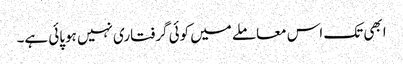
ابھی تک اس معاملے میں کوئی گرفتاری نہیں ہوپائی ہے۔